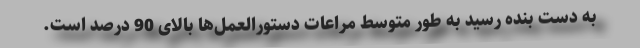
به دست بنده رسید به طور متوسط مراعات دستورالعمل‌ها بالای 90 درصد است.